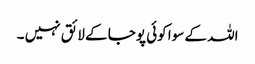
اللہ کے سوا کوئی پوجا کے لائق نہیں ۔